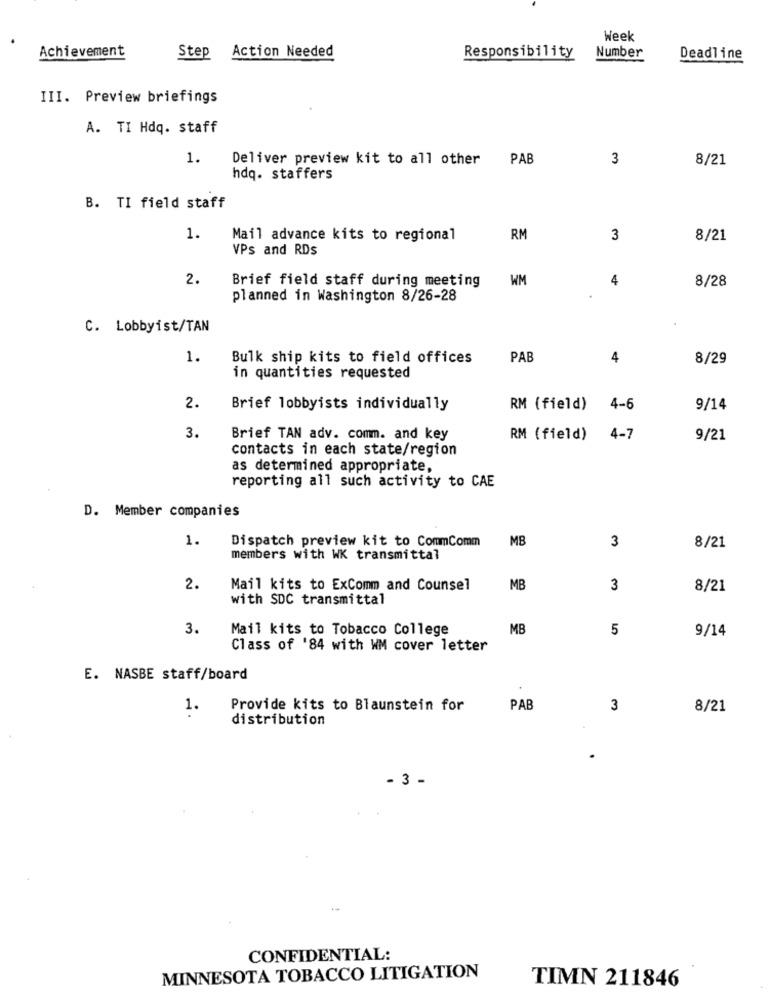
Week
Achievement
Step Action Needed
Responsibility
Number
Deadline
III. Preview briefings
A. TI Hdq. staff
1.
Deliver preview kit to all other
PAB
3
8/21
hdq. staffers
B. TI field staff
1.
Mail advance kits to regional
RM
3
8/21
VPs and RDs
2.
Brief field staff during meeting
WM
4
8/28
planned in Washington 8/26-28
C. Lobbyist/TAN
1.
Bulk ship kits to field offices
PAB
4
8/29
in quantities requested
2.
Brief lobbyists individually
RM (field) 4-6
9/14
3.
Brief TAN adv. comm. and key
RM (field) 4-7
9/21
contacts in each state/region
as determined appropriate,
reporting all such activity to CAE
D. Member companies
1.
Dispatch preview kit to CommComm
MB
3
8/21
members with WK transmittal
2.
Mail kits to ExComm and Counsel
MB
3
8/21
with SDC transmittal
3.
Mail kits to Tobacco College
MB
5
9/14
Class of '84 with WM cover letter
E. NASBE staff/board
1.
Provide kits to Blaunstein for
PAB
3
8/21
distribution
- 3 -
CONFIDENTIAL:
MINNESOTA TOBACCO LITIGATION
TIMN 211846